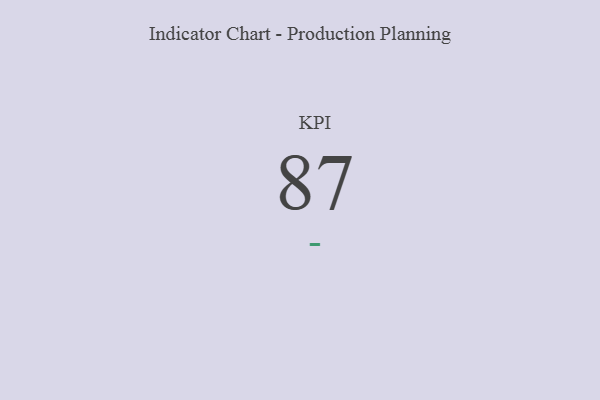
{"axis": {"x": "KPI", "y": "Value"}, "legend": [""], "data": [{"x": "KPI", "y": 87, "type": ""}]}